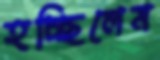
হচ্ছিলেম